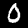
Label: 0